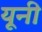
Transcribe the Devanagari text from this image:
यूनी